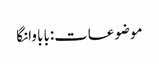
موضوعات:بابا وانگا